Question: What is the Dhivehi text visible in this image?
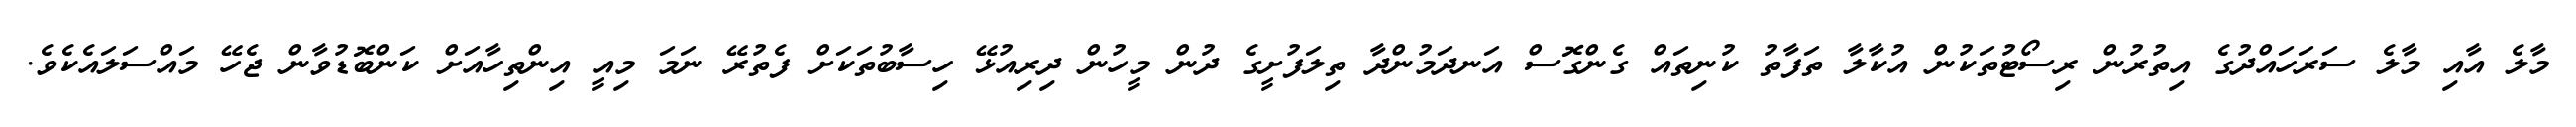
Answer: މާލެ އާއި މާލެ ސަރަހައްދުގެ އިތުރުން ރިސޯޓުތަކުން އުކާލާ ތަފާތު ކުނިތައް ގެންގޮސް އަނދަމުންދާ ތިލަފުށީގެ ދުން މީހުން ދިރިއުޅޭ ހިސާބުތަކަށް ފެތުރޭ ނަމަ މިއީ އިންތިހާއަށް ކަންބޮޑުވާން ޖެހޭ މައްސަލައެކެވެ.